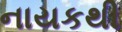
નાયકથી